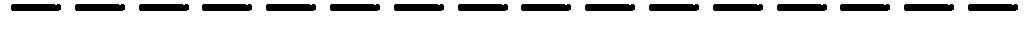
----------------